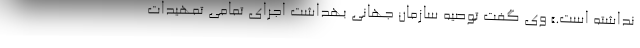
نداشته است.» وی گفت توصیه سازمان جهانی بهداشت اجرای تمامی تمهیدات